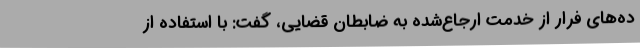
ده‌های فرار از خدمت ارجاع‌شده به ضابطان قضایی، گفت: با استفاده از